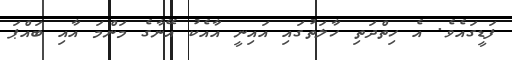
ފަޑީގައެވެ. އެ ހިތްދަތި ހާލަތުގައި އައިނީ އާއެކު އޭނާގެ މަންމަ އާއި ބައްޕަ